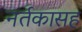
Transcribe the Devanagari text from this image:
नर्तकासह